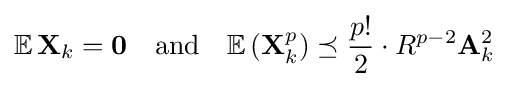
\mathbb {E} \,\mathbf {X} _{k}=\mathbf {0} \quad {\text{and}}\quad \mathbb {E} \,(\mathbf {X} _{k}^{p})\preceq {\frac {p!}{2}}\cdot R^{p-2}\mathbf {A} _{k}^{2}